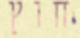
חוץ